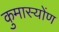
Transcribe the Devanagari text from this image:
कुमास्योंण